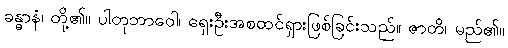
ခန္ဓာနံ၊ တို့၏။ ပါတုဘာဝေါ၊ ရှေးဦးအစထင်ရှားဖြစ်ခြင်းသည်။ ဇာတိ၊ မည်၏။